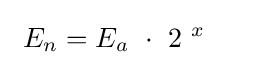
\ E_{n}=E_{a}\ \cdot \ 2^{\ x}\ \quad